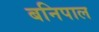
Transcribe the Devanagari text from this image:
बनिपाल